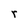
Character: r